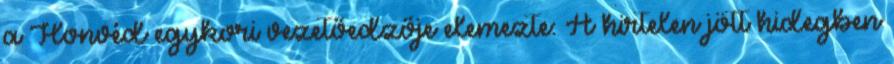
a Honvéd egykori vezetőedzője elemezte: A hirtelen jött hidegben